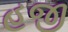
હજી